Indian journal of veterinary science and animal husbandry - Volume 6,
Year: 1936
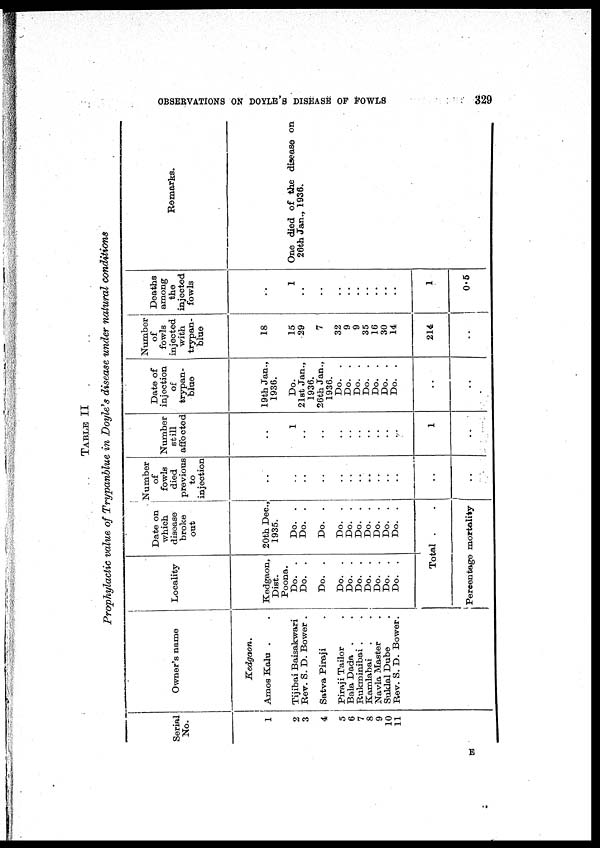
OBSERVATIONS ON DOYLE'S DISEASE OF FOWLS
329
TABLE II
Prophylactic value of Trypanblue in Doyle's disease under natural conditions
Serial
No.
1
2
3
4
5
6
7
8
9
10
11
Owner's name
Kedgaon.
Amos Kalu .
Tijibai Baisakwari
Rev. S. D. Bower .
Satva Piraji .
Piraji Tailor .
Bala Dada . .
Rukminibai . .
Kamlabai . .
Navla Master .
Suklal Dube .
Rev. S. D. Bower.
Locality
Kedgaon,
Dist.
Poona.
Do. .
Do. .
Do. .
Do. .
Do. .
Do. .
Do. .
Do. .
Do. .
Do. .
Date on
which
disease
broke
out
20th Dec,
1935.
Do. .
Do. .
Do. .
Do. .
Do. .
Do. .
Do. .
Do. .
Do. .
Do. .
Total . .
Percentage mortality
Number
of
fowls
died
previous
to
injection
. .
. .
. .
. .
. .
. .
. .
. .
. .
. .
. .
. .
. .
Number
still
affected
. .
1
. .
. .
. .
. .
. .
. .
. .
. .
. .
1
. .
Date of
injection
of
trypan-
blue
19th Jan.,
1936.
Do.
21st Jan.,
1936.
26th Jan.,
1936.
Do. .
Do. .
Do. .
Do. .
Do. .
Do. .
Do. .
. .
. .
Number
of
fowls
injected
with
trypan-
blue
18
15
29
7
32
9
9
35
16
30
14
214
. .
Deaths
among
the
injected
fowls
. .
1
. .
. .
. .
. .
. .
. .
. .
. .
. .
1
0.5
Remarks.
One died of the disease on
26th Jan., 1936.
E